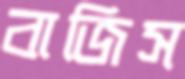
বাজিস